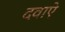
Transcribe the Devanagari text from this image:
दवाऐ